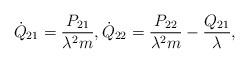
LaTeX: \begin{align*} \dot{Q}_{21} = \frac{P_{21}}{\lambda^2 m} , \dot{Q}_{22} = \frac{P_{22}}{\lambda^2 m} - \frac{Q_{21}}{\lambda} ,\end{align*}